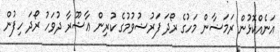
އަނެއްކޮޅުން ރަމަޟާން މަހުގެ ރޯދަ ފަރުޟުވުމުގެ ކުރިން ޢާޝޫރާ ދުވަހު ރޯދަ ހިފުން